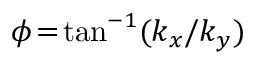
\phi \! = \! \mathrm { t a n } ^ { - 1 } ( k _ { x } / k _ { y } )